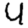
Digit: 4